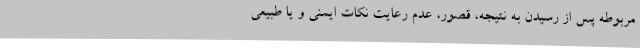
مربوطه پس از رسیدن به نتیجه، قصور، عدم رعایت نکات ایمنی و یا طبیعی